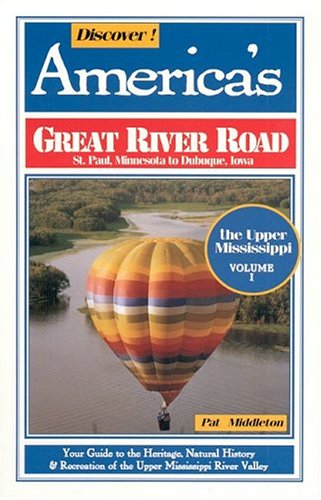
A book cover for Discover America's Great River Road: The Upper Mississippi, St Paul to Dubuque; Pat Middleton; Travel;